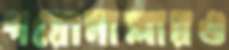
পয়োনালায়ও